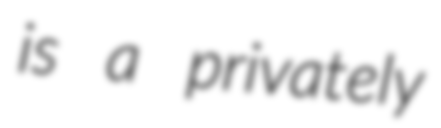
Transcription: is a privately